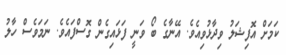
ކަމަށް އޮފިޝަލު ވިދާޅުވިއެވެ. އޭނާގެ ބޯ ވަނީ ފަޅައިގެން ގޮސްފައެވެ. ނަމަވެސް ހާލު